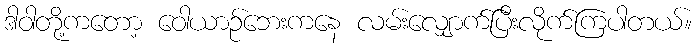
ဒါဝါတို့ကတော့ ဝေါယာဉ်ဘေးကနေ လမ်းလျှောက်ပြီးလိုက်ကြပါတယ်။